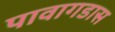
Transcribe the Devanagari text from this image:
पावागडास